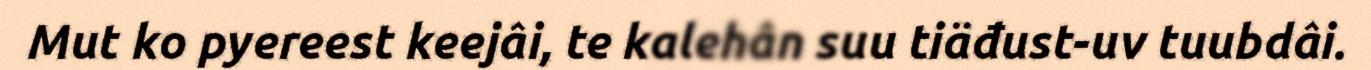
Mut ko pyereest keejâi, te kalehân suu tiäđust-uv tuubdâi.